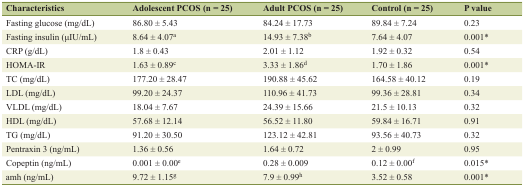
<table><thead><tr><td><b>Characteristics</b></td><td><b>Adolescent PCOS (n = 25)</b></td><td><b>Adult PCOS (n = 25)</b></td><td><b>Control (n = 25)</b></td><td><b>P value</b></td></tr></thead><tbody><tr><td>Fasting glucose (mg/dL)</td><td>86.80 ± 5.43</td><td>84.24 ± 17.73</td><td>89.84 ± 7.24</td><td>0.23</td></tr><tr><td>Fasting insulin (μIU/mL)</td><td>8.64 ± 4.07<sup>a</sup></td><td>14.93 ± 7.38<sup>b</sup></td><td>7.64 ± 4.07</td><td>0.001*</td></tr><tr><td>CRP (g/dL)</td><td>1.8 ± 0.43</td><td>2.01 ± 1.12</td><td>1.92 ± 0.32</td><td>0.54</td></tr><tr><td>HOMA-IR</td><td>1.63 ± 0.89<sup>c</sup></td><td>3.33 ± 1.86<sup>d</sup></td><td>1.70 ± 1.86</td><td>0.001*</td></tr><tr><td>TC (mg/dL)</td><td>177.20 ± 28.47</td><td>190.88 ± 45.62</td><td>164.58 ± 40.12</td><td>0.19</td></tr><tr><td>LDL (mg/dL)</td><td>99.20 ± 24.37</td><td>110.96 ± 41.73</td><td>99.36 ± 28.81</td><td>0.34</td></tr><tr><td>VLDL (mg/dL)</td><td>18.04 ± 7.67</td><td>24.39 ± 15.66</td><td>21.5 ± 10.13</td><td>0.32</td></tr><tr><td>HDL (mg/dL)</td><td>57.68 ± 12.14</td><td>56.52 ± 11.80</td><td>59.84 ± 16.71</td><td>0.91</td></tr><tr><td>TG (mg/dL)</td><td>91.20 ± 30.50</td><td>123.12 ± 42.81</td><td>93.56 ± 40.73</td><td>0.32</td></tr><tr><td>Pentraxin 3 (ng/mL)</td><td>1.36 ± 0.56</td><td>1.64 ± 0.72</td><td>2 ± 0.99</td><td>0.95</td></tr><tr><td>Copeptin (ng/mL)</td><td>0.001 ± 0.00<sup>e</sup></td><td>0.28 ± 0.009</td><td>0.12 ± 0.00<sup>f</sup></td><td>0.015*</td></tr><tr><td>amh (ng/mL)</td><td>9.72 ± 1.15<sup>g</sup></td><td>7.9 ± 0.99<sup>h</sup></td><td>3.52 ± 0.58</td><td>0.001*</td></tr></tbody></table>